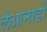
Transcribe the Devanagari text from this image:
लेआनार्डो